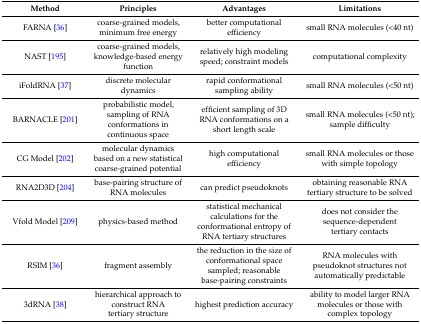
<table><thead><tr><td><b>Method</b></td><td><b>Principles</b></td><td><b>Advantages</b></td><td><b>Limitations</b></td></tr></thead><tbody><tr><td>FARNA [36]</td><td>coarse-grained models, minimum free energy</td><td>better computational efficiency</td><td>small RNA molecules (&lt;40 nt)</td></tr><tr><td>NAST [195]</td><td>coarse-grained models, knowledge-based energy function</td><td>relatively high modeling speed; constraint models</td><td>computational complexity</td></tr><tr><td>iFoldRNA [37]</td><td>discrete molecular dynamics</td><td>rapid conformational sampling ability</td><td>small RNA molecules (&lt;50 nt)</td></tr><tr><td>BARNACLE [201]</td><td>probabilistic model, sampling of RNA conformations in continuous space</td><td>efficient sampling of 3D RNA conformations on a short length scale</td><td>small RNA molecules (&lt;50 nt); sample difficulty</td></tr><tr><td>CG Model [202]</td><td>molecular dynamics based on a new statistical coarse-grained potential</td><td>high computational efficiency</td><td>small RNA molecules or those with simple topology</td></tr><tr><td>RNA2D3D [204]</td><td>base-pairing structure of RNA molecules</td><td>can predict pseudoknots</td><td>obtaining reasonable RNA tertiary structure to be solved</td></tr><tr><td>Vfold Model [209]</td><td>physics-based method</td><td>statistical mechanical calculations for the conformational entropy of RNA tertiary structures</td><td>does not consider the sequence-dependent tertiary contacts</td></tr><tr><td>RSIM [36]</td><td>fragment assembly</td><td>the reduction in the size of conformational space sampled; reasonable base-pairing constraints</td><td>RNA molecules with pseudoknot structures not automatically predictable</td></tr><tr><td>3dRNA [38]</td><td>hierarchical approach to construct RNA tertiary structure</td><td>highest prediction accuracy</td><td>ability to model larger RNA molecules or those with complex topology</td></tr></tbody></table>